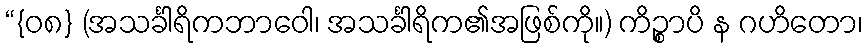
“{၀၈} (အသင်္ခါရိကဘာဝေါ၊ အသင်္ခါရိက၏အဖြစ်ကို။) ကိဉ္စာပိ န ဂဟိတော၊